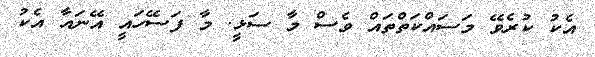
އެކު ކުރެވޭ މަސައްކަތްތައް ވެސް މާ ސަޅީ. މާ ފަސޭހައީ އޭނައާ އެކު